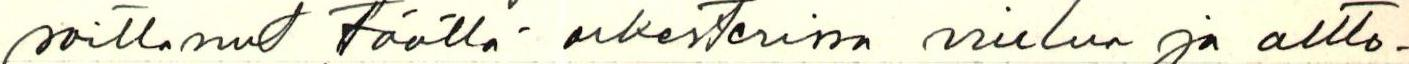
soittanut täällä orkesterissa viulua ja altto-